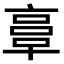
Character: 𠅷